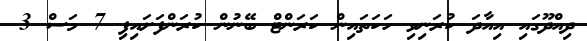
ދިއްދޫގައި އިއާދަ ކުރަނިވި ހަކަތައިން ކަރަންޓް ބޭނުން ކުރަންފަށައިފި 7 މަސް 3